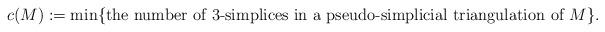
LaTeX: \begin{align*}c(M) := \min \{\text{the number of 3-simplices in a pseudo-simplicial triangulation of $M$}\}.\end{align*}